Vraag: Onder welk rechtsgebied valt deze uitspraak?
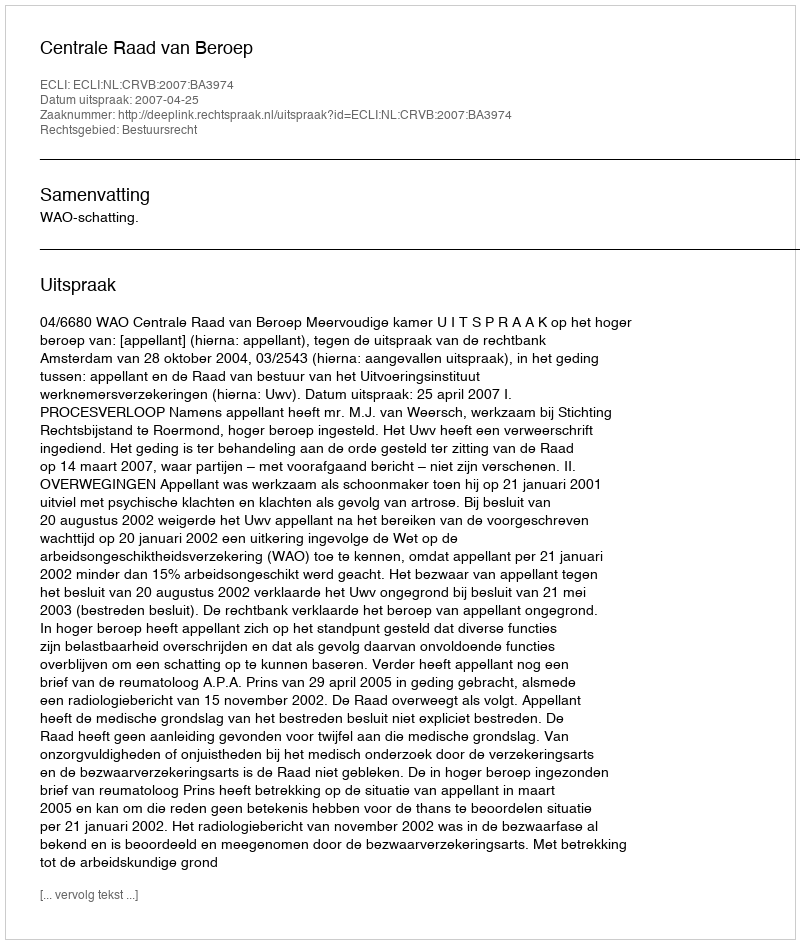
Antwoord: Bestuursrecht